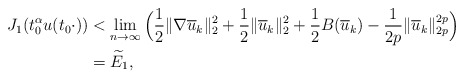
\begin{align*}J_{1}(t_{0}^{\alpha}u(t_{0}\cdot))&<\mathop{\lim}\limits_{n\rightarrow\infty}\Big(\frac{1}{2}\|\nabla\overline{u}_{k}\|_{2}^{2}+\frac{1}{2}\|\overline{u}_{k}\|_{2}^{2}+\frac{1}{2}B(\overline{u}_{k})-\frac{1}{2p}\|\overline{u}_{k}\|_{2p}^{2p}\Big)\\&=\widetilde{E}_{1},\end{align*}